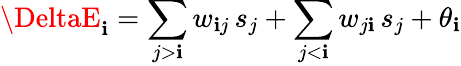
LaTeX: \DeltaE_{\mathbf{i}}=\sum_{j>\mathbf{i}}w_{\mathbf{i}j}\, s_{j}+\sum_{j<\mathbf{i}}w_{j\mathbf{i}}\, s_{j}+\theta_{\mathbf{i}}